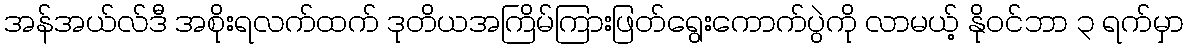
အန်အယ်လ်ဒီ အစိုးရလက်ထက် ဒုတိယအကြိမ်ကြားဖြတ်ရွေးကောက်ပွဲကို လာမယ့် နိုဝင်ဘာ ၃ ရက်မှာ